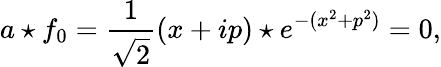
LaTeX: a\star f_{0}=\frac{1}{\sqrt{2}}(x+ip)\star e^{-(x^{2}+p^{2})}=0,